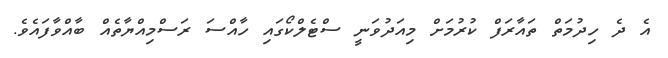
އެ ދެ ހިދުމަތް ތައާރަފް ކުރުމަށް މިއަދުވަނީ ސްޓެލްކޯގައި ހާއްސަ ރަސްމިއްޔާތެއް ބާއްވާފައެވެ.